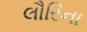
લૌરિના